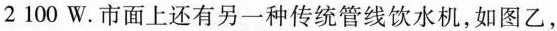
2100W。市面上还有另一种传统管线饮水机，如图乙，